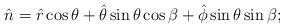
LaTeX: \begin{align*}\hat{n}=\hat{r}\cos \theta + \hat{\theta } \sin \theta \cos \beta +\hat{\phi}\sin \theta \sin \beta;\end{align*}